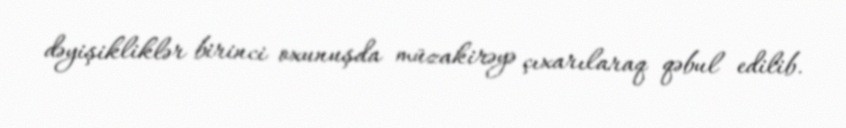
dəyişikliklər birinci oxunuşda müzakirəyə çıxarılaraq qəbul edilib.